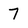
Character: 7